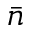
\bar { n }